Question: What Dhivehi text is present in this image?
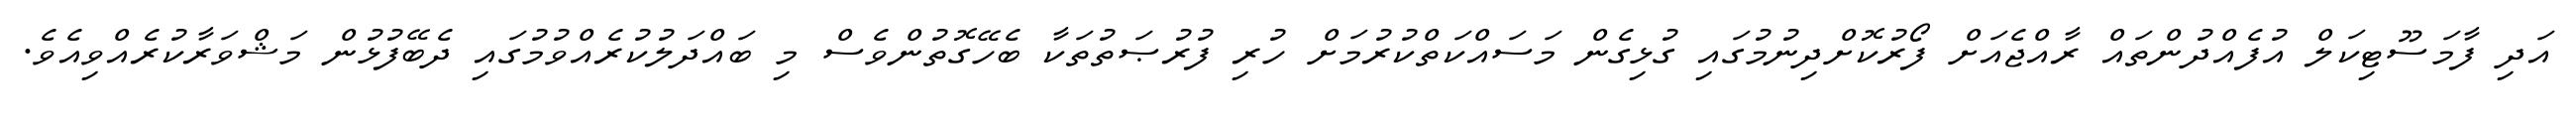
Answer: އަދި ފާމަސޫޓިކަލް އުފެއްދުންތައް ރާއްޖެއަށް ފޯރުކޮށްދިނުމުގައި ގުޅިގެން މަސައްކަތްކުރުމަށް ހުރި ފުރުޞަތުތަކާ ބެހޭގޮތުންވެސް މި ބައްދަލުކުރެއްވުމުގައި ދެބޭފުޅުން މަޝްވަރާކުރެއްވިއެވެ.